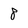
Character: 8